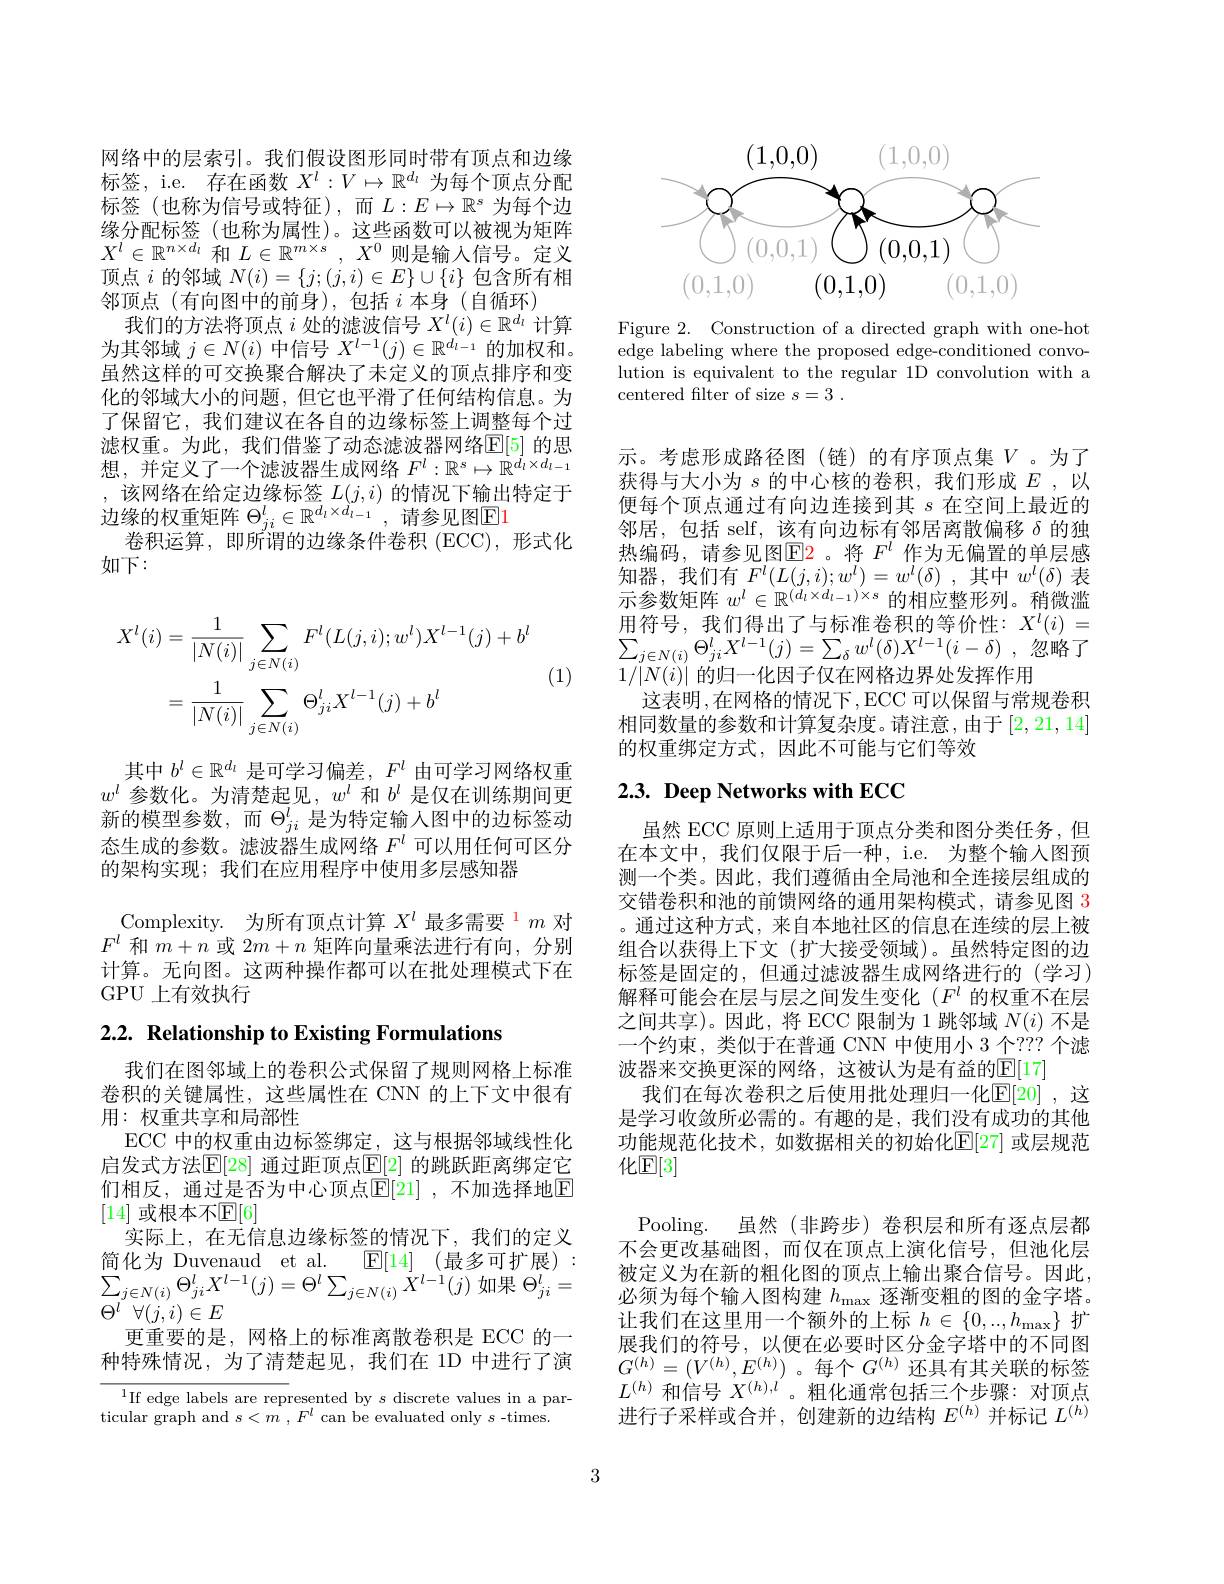
网络中的层索引。我们假设图形同时带有顶点和边缘标签，i.e. 存在函数$X^l:V\mapsto\mathbb{R}^d_l$为每个顶点分配标签(也称为信号或特征),而$L:E\mapsto\mathbb{R}^s$为每个边缘分配标签(也称为属性)。这些函数可以被视为矩阵$X^l\in\mathbb{R}^{n\times d_l}$和$L\in\mathbb{R}^m\times s,X^0$则是输入信号。定义顶点$i$的邻域$N(i)=\{j;(j,i)\in E\}\cup\{i\}$包含所有相邻顶点(有向图中的前身),包括$i$本身(自循环)
我们的方法将顶点$i$处的滤波信号$X^l(i)\in\mathbb{R}^d_l$计算为其邻域$j\in N(i)$中信号$X^l-1(j)\in\mathbb{R}^{d_l-1}$的加权和。虽然这样的可交换聚合解决了未定义的顶点排序和变化的邻域大小的问题，但它也平滑了任何结构信息。为了保留它，我们建议在各自的边缘标签上调整每个过滤权重。为此，我们借鉴了动态滤波器网络$\mathbb{E}[5]$ 的思想，并定义了一个滤波器生成网络$F^l:\mathbb{R}^s\mapsto\mathbb{R}^{d_l\times d_{l-1}}$ ,该网络在给定边缘标签$L(j,i)$ 的情况下输出特定于边缘的权重矩阵$\Theta_ji^l\in\mathbb{R}^{d_l\times d_{l-1}}$,请参见图E1
卷积运算，即所谓的边缘条件卷积(ECC),形式化
如下：
$$X^{l}(i)=\frac{1}{|N(i)|}\sum_{j\in N(i)}F^{l}(L(j,i);w^{l})X^{l-1}(j)+b^{l}\\=\frac{1}{|N(i)|}\sum_{j\in N(i)}\Theta_{ji}^{l}X^{l-1}(j)+b^{l}$$
(1)

其中$b^l\in\mathbb{R}^{d_l}$是可学习偏差，$F^l$由可学习网络权重$w^l$参数化。为清楚起见，$w^l$和$b^l$是仅在训练期间更新的模型参数，而$\Theta_{ji}^l$是为特定输入图中的边标签动态生成的参数。滤波器生成网络$F^l$可以用任何可区分的架构实现；我们在应用程序中使用多层感知器

Complexity. 为所有顶点计算$X^l$最多需要$^{\color{red}{1}}m$对$F^l$和$m+n$或$2m+n$矩阵向量乘法进行有向，分别计算。无向图。这两种操作都可以在批处理模式下在GPU 上有效执行

$2. 2. \textbf{ Relationship to Existing Formulations}$

我们在图邻域上的卷积公式保留了规则网格上标准卷积的关键属性，这些属性在 CNN 的上下文中很有用：权重共享和局部性
ECC 中的权重由边标签绑定，这与根据邻域线性化启发式方法$\mathbb{E}[28]$ 通过距顶点$\mathbb{E}[2]$ 的跳跃距离绑定它们相反，通过是否为中心顶点$\bar{\mathbb{E}}[21]$ ,不加选择地$\overline{\mathbb{E}}$ [14] 或根本不$\mathbb{E}[6]$
实际上，在无信息边缘标签的情况下，我们的定义简化为 Duvenaud et al. $\mathbb{E} [ 14]$ (最多可扩展): $\sum_{j\in N(i)}\Theta_{ji}^{l}X^{l-1}(j)=\Theta^{l}\sum_{j\in N(i)}X^{l-1}(j)$如果$\Theta_ji^l=$ $\Theta^{l^{^{^{^{^{^{^{^{^{}}}}}}}}}\forall(\underline{j},i)\in E}$
更重要的是，网格上的标准离散卷积是 ECC 的一种特殊情况，为了清楚起见，我们在 1D 中进行了演

$^{1}$If edge labels are represented by $s$ discrete values in a par-
ticular graph and $s<m^{\prime},F^{l}$ can be evaluated only s-times.

<FigureHere>

Figure 2. Construction of a directed graph with one-hot edge labeling where the proposed edge-conditioned convolution is equivalent to the regular 1D convolution with a centered filter of size $s= 3$ .

示。考虑形成路径图(链)的有序顶点集$V$。为了获得与大小为$s$的中心核的卷积，我们形成$E$,以便每个顶点通过有向边连接到其$s$在空间上最近的邻居，包括 self,该有向边标有邻居离散偏移$\delta$的独热编码，请参见图$\operatorname{E2}$。将 $F^l$ 作为无偏置的单层感知器，我们有$F^l(L(j,i);w^l)=w^l(\delta)$,其中$w^l(\delta)$表示参数矩阵$w^l\in\mathbb{R}^{(d_l\times d_{l-1})\times s}$的相应整形列。稍微滥$\underline{\text{用符号，我们得出了与标准卷积的等价性：}}X^l(i)=$ $\sum _{j\in N( i) }\Theta _{ji}^{l}X^{l- 1}( j) = \sum _{\delta }w^{l}( \delta ) X^{l- 1}( i- \delta )$ ,忽略了$1/|N(i)|$的归一化因子仅在网格边界处发挥作用
这表明，在网格的情况下，ECC 可以保留与常规卷积相同数量的参数和计算复杂度。请注意，由于[2,21,14] 的权重绑定方式，因此不可能与它们等效

# 2.3. Deep Networks with ECC

虽然 ECC 原则上适用于顶点分类和图分类任务，但在本文中，我们仅限于后一种，i.e. 为整个输入图预测一个类。因此，我们遵循由全局池和全连接层组成的交错卷积和池的前馈网络的通用架构模式，请参见图 3 。通过这种方式，来自本地社区的信息在连续的层上被组合以获得上下文(扩大接受领域)。虽然特定图的边标签是固定的，但通过滤波器生成网络进行的(学习) 解释可能会在层与层之间发生变化($F^l$的权重不在层之间共享)。因此，将 ECC 限制为 1 跳邻域$N(i)$不是一个约束，类似于在普通 CNN 中使用小 3 个？?? 个滤波器来交换更深的网络，这被认为是有益的$\mathbb{E}[17]$
我们在每次卷积之后使用批处理归一化$\mathbb{E}[20]$ ,这是学习收敛所必需的。有趣的是，我们没有成功的其他功能规范化技术，如数据相关的初始化E[27] 或层规范化$\mathbb{E}[3]$

Pooling. 虽然(非跨步) 卷积层和所有逐点层都不会更改基础图，而仅在顶点上演化信号，但池化层被定义为在新的粗化图的顶点上输出聚合信号。因此， 必须为每个输入图构建$h_\mathrm{max}$逐渐变粗的图的金字塔。让我们在这里用一个额外的上标$h\in\{0,..,h_{\mathrm{max}}\}$扩展我们的符号，以便在必要时区分金字塔中的不同图$G^{(h)}=(V^{(h)},E^{(h)})$。每个$G^(h)$还具有其关联的标签$L^{(h)}$和信号$X^(h),l^{\prime}$。粗化通常包括三个步骤：对顶点进行子采样或合并，创建新的边结构$E^{(h)}$并标记$L^{(h)}$

3